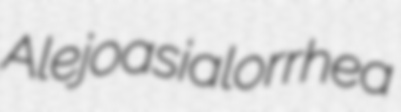
Alejoa sialorrhea